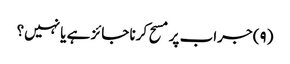
(۹) جراب پر مسح کرنا جائز ہے یا نہیں؟